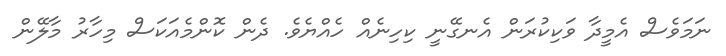
ނަމަވެސް އެމީދާ ވަކިކުރަން އެނގޭނީ ކިހިނެއް ހެއްޔެވެ. ދެން ކޮންމެއަކަސް މިހާރު މާލޭން